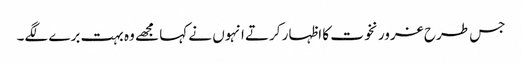
جس طرح غرور نخوت کا اظہار کرتے انہوں نے کہا مجھے وہ بہت برے لگے۔